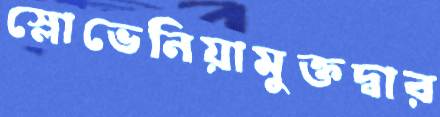
স্লোভেনিয়ামুক্তদ্বার